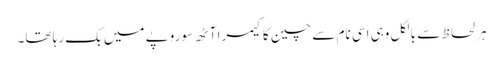
ہر لحاظ سے بالکل وہی اسی نام سے چین کا کیمرا آٹھ سو روپے میں بک رہا تھا۔